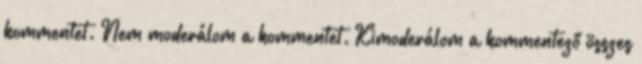
kommentet. Nem moderálom a kommentet. Kimoderálom a kommentező összes